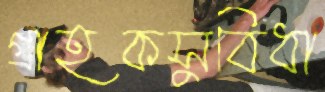
গ্রাহকসুবিধা